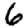
Digit: 6